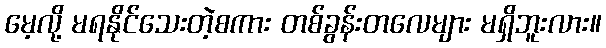
မေ့လို့ မရနိုင်သေးတဲ့စကား တစ်ခွန်းတလေများ မရှိဘူးလား။